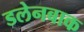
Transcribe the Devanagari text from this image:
डलेनबाक